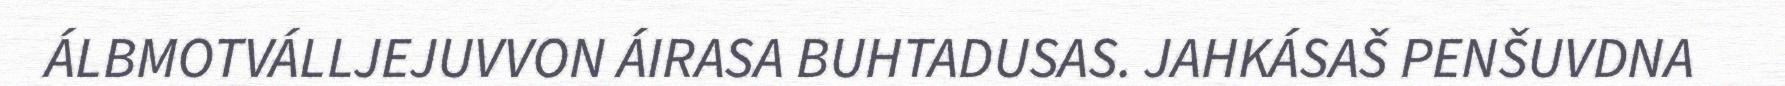
ÁLBMOTVÁLLJEJUVVON ÁIRASA BUHTADUSAS. JAHKÁSAŠ PENŠUVDNA